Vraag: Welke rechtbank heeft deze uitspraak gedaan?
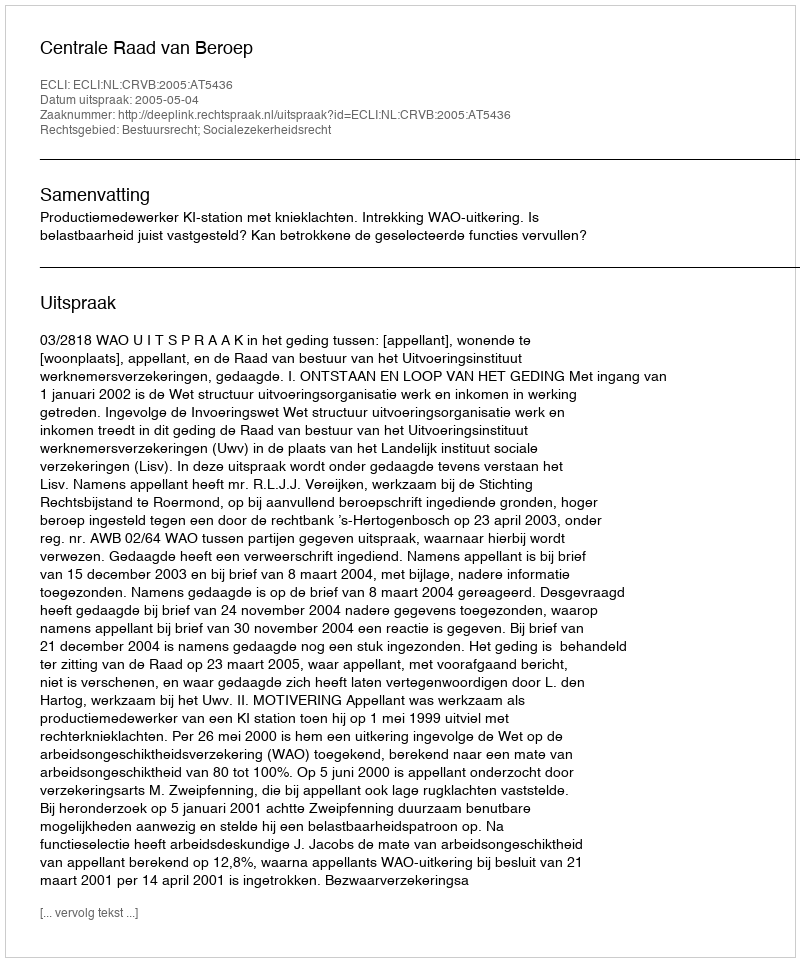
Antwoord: Centrale Raad van Beroep